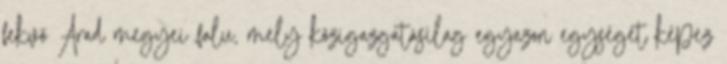
fekvő Arad megyei falu, mely közigazgatásilag egyazon egységet képez